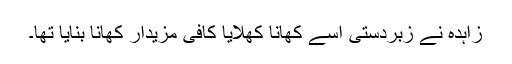
زاہدہ نے زبردستی اسے کھانا کھلایا کافی مزیدار کھانا بنایا تھا۔